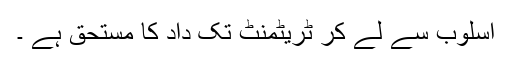
اسلوب سے لے کر ٹریٹمنٹ تک داد کا مستحق ہے ۔